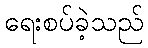
ရေးစပ်ခဲ့သည်